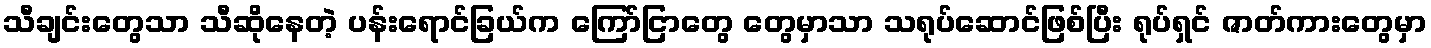
သီချင်းတွေသာ သီဆိုနေတဲ့ ပန်းရောင်ခြယ်က ကြော်ငြာတွေ တွေမှာသာ သရုပ်ဆောင်ဖြစ်ပြီး ရုပ်ရှင် ဇာတ်ကားတွေမှာ